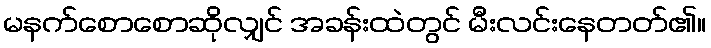
မနက်စောစောဆိုလျှင် အခန်းထဲတွင် မီးလင်းနေတတ်၏။